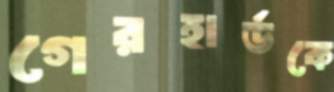
গেরহার্ডকে